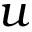
u